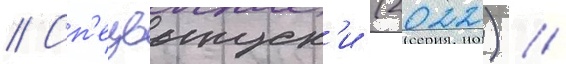
// Сп'ецвыпуск'и (2022) //